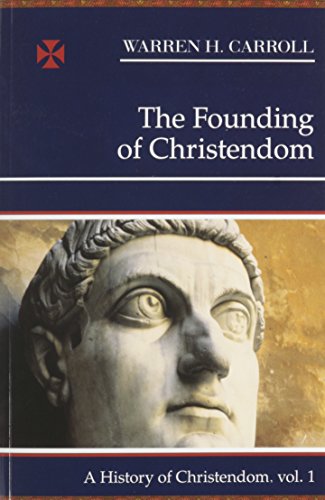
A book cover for The Founding of Christendom: A History of Christendom (vol. 1); Warren H. Carroll; History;